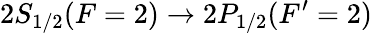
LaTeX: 2S_{1/2}(F=2)\rightarrow 2P_{1/2}(F^{\prime}=2)